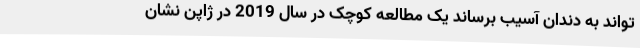
تواند به دندان آسیب برساند یک مطالعه کوچک در سال 2019 در ژاپن نشان